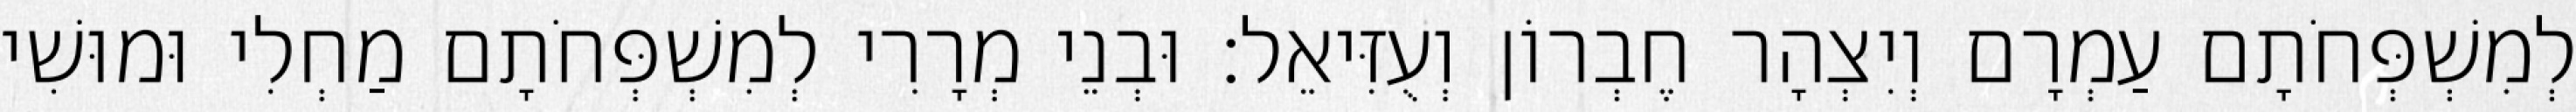
לְמִשְׁפְּחֹתָם עַמְרָם וְיִצְהָר חֶבְרוֹן וְעֻזִּיאֵל׃ וּבְנֵי מְרָרִי לְמִשְׁפְּחֹתָם מַחְלִי וּמוּשִׁי